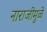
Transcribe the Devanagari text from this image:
नाराजीमुळे